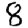
Digit: 8